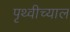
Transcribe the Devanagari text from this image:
पृथ्वीच्याल